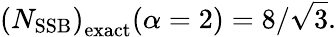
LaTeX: \left(N_{\mathrm{SSB}}\right)_{\mathrm{exact}}(\alpha=2)=8/\sqrt{3}.